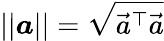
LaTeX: ||\boldsymbol{a}||=\sqrt{\vec{a}^{\top}\vec{a}}